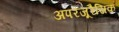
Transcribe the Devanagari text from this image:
अपरजूरैसिक